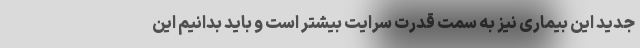
جدید این بیماری نیز به سمت قدرت سرایت بیشتر است و باید بدانیم این